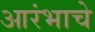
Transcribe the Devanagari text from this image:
आरंभाचे